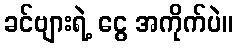
ခင်ဗျားရဲ့ ငွေ အကိုက်ပဲ။